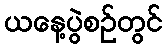
ယနေ့ပွဲစဉ်တွင်